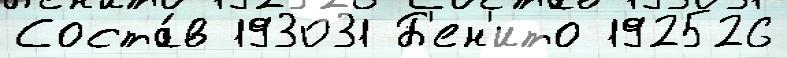
Соста́в 193031 Б'ен'ито 192526